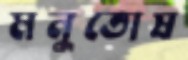
মনুতোষ